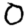
Digit: 0